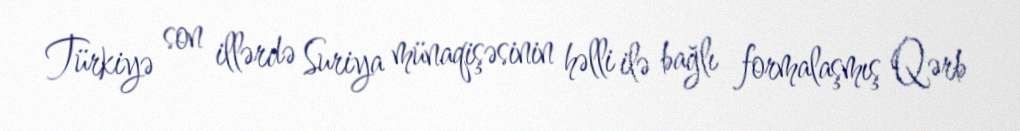
Türkiyə son illərdə Suriya münaqişəsinin həlli ilə bağlı formalaşmış Qərb